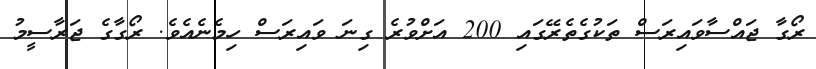
ރޯގާ ޖައްސާވައިރަސް ތަކުގެތެރޭގައި 200 އަށްވުރެ ގިނަ ވައިރަސް ހިމެނެއެވެ. ރޯގާގެ ޖަރާސީމު